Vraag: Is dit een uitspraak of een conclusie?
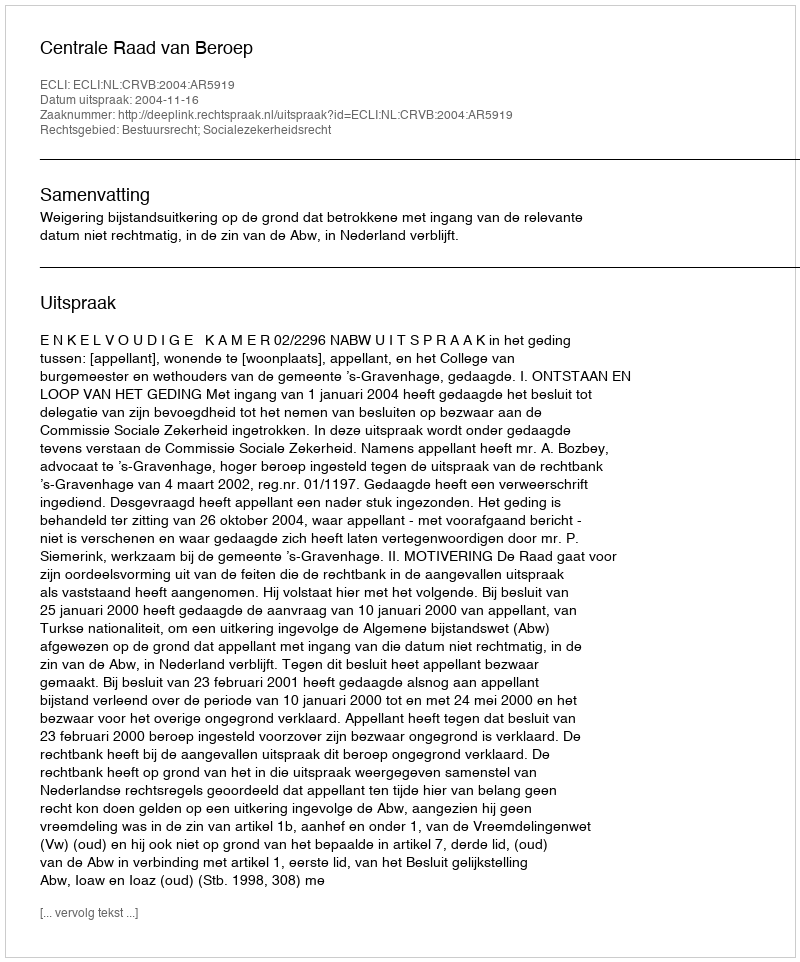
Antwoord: Uitspraak